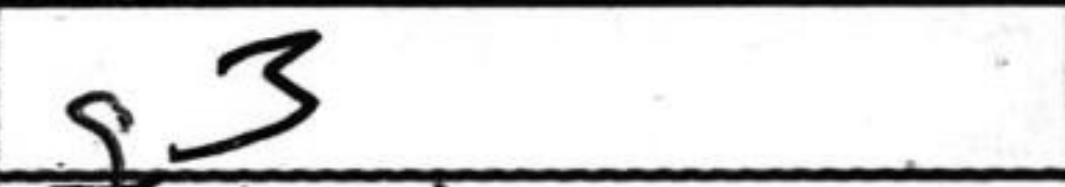
Transcription: g3